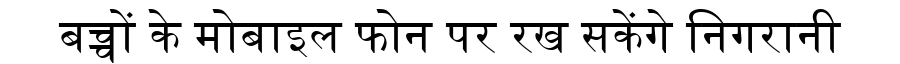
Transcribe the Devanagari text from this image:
बच्चों के मोबाइल फोन पर रख सकेंगे निगरानी